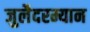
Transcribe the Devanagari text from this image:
जुलैदरम्यान